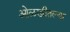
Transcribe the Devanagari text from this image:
ओळखीतल्या